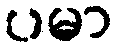
ပမာ